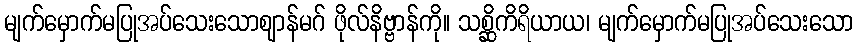
မျက်မှောက်မပြုအပ်သေးသောဈာန်မဂ် ဖိုလ်နိဗ္ဗာန်ကို။ သစ္ဆိကိရိယာယ၊ မျက်မှောက်မပြုအပ်သေးသော